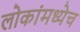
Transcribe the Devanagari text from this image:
लोकांमध्येच